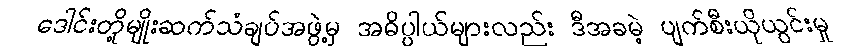
ဒေါင်းတို့မျိုးဆက်သံချပ်အဖွဲ့မှ အဓိပ္ပါယ်များလည်း ဒီအခမဲ့ ပျက်စီးယိုယွင်းမှု